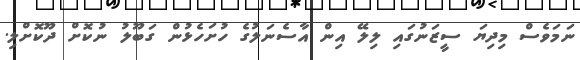
ނަމަވެސް މިދިޔަ ސީޒަނުގައި ލިލޭ އިން އާސެނަލުގެ ހުށަހެޅުން ގަބޫލު ނުކޮށް ދޫކޮށްލި.